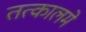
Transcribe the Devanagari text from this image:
तत्कालमे